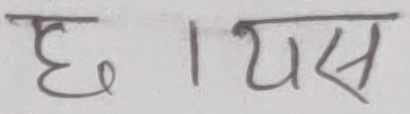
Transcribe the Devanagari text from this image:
छा । यस